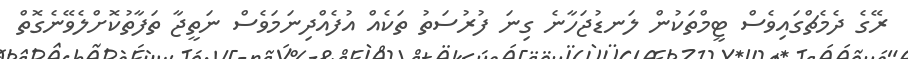
ރޭގެ ދެމެޗްގައިވެސް ޓީމްތަކުން ލަނޑުޖަހާނެ ގިނަ ފުރުސަތު ތަކެއް އުފެއްދިނަމަވެސް ނަތީޖާ ތަފާތުކޮށްލެވޭނެގޮތް